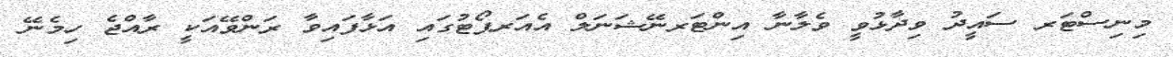
މިނިސްޓަރ ސައީދު ވިދާޅުވީ ވެލާނާ އިންޓަރނޭޝަނަލް އެއަރޕޯޓުގައި އަޅާފައިވާ ރަންވޭއަކީ ރާއްޖެ ހިމެނޭ